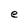
Character: e